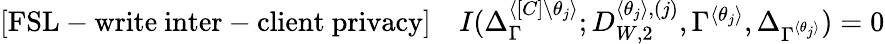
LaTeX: \begin{array}{r}{\mathrm{[FSL-write~inter-client~privacy]}\quad I(\Delta_{\Gamma}^{\langle[C]\backslash\theta_{j}\rangle};D_{W,2}^{\langle\theta_{j}\rangle,(j)},\Gamma^{\langle\theta_{j}\rangle},\Delta_{\Gamma^{\langle\theta_{j}\rangle}})=0}\end{array}